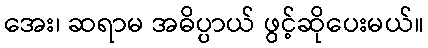
အေး၊ ဆရာမ အဓိပ္ပာယ် ဖွင့်ဆိုပေးမယ်။